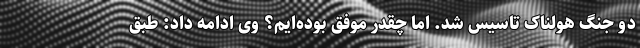
دو جنگ هولناک تاسیس شد. اما چقدر موفق بوده‌ایم؟ وی ادامه داد: طبق